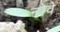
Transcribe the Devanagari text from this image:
नोवे